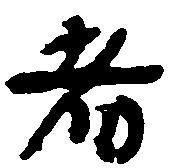
者